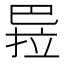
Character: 𭘏